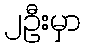
၂ဦးမှာ